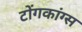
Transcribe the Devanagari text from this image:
टोंगकांग्स